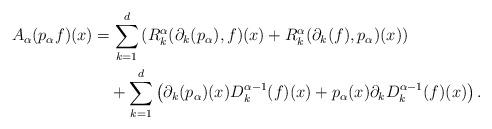
LaTeX: \begin{align*}A_\alpha(p_\alpha f)(x) & = \sum_{k=1}^d \left(R_k^{\alpha}(\partial_k(p_\alpha),f)(x)+R_k^{\alpha}(\partial_k(f),p_\alpha)(x)\right) \\ & \quad+ \sum_{k=1}^d \left(\partial_k(p_\alpha)(x) D_k^{\alpha-1}(f)(x) + p_\alpha(x) \partial_kD^{\alpha-1}_k(f)(x)\right). \end{align*}